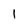
Character: 1